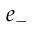
e _ { - }